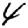
Digit: 4